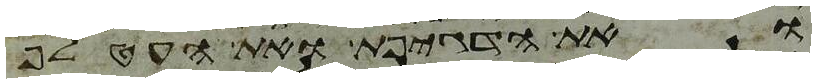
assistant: ואת הדגיפת ואת העטלף